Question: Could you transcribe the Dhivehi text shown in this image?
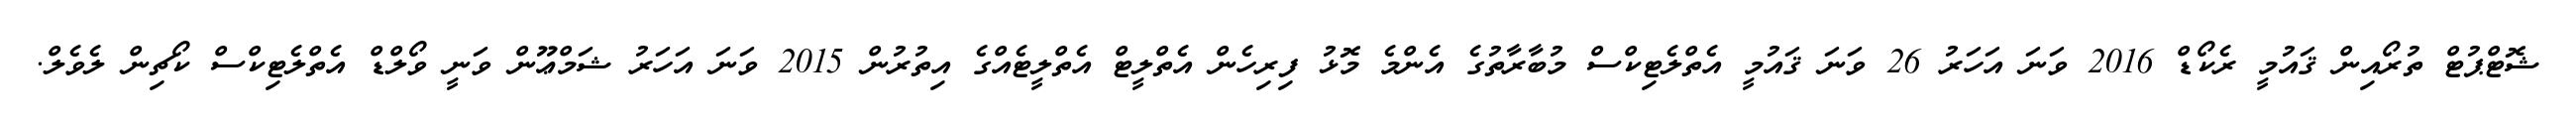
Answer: ޝޮޓްޕުޓް ތުރޯއިން ޤައުމީ ރެކޯޑް 2016 ވަނަ އަހަރު 26 ވަނަ ޤައުމީ އެތްލެޓިކްސް މުބާރާތުގެ އެންމެ މޮޅު ފިރިހެން އެތްލީޓް އެތްލީޓެއްގެ އިތުރުން 2015 ވަނަ އަހަރު ޝަމްޢޫން ވަނީ ވޯލްޑް އެތްލެޓިކްސް ކޯޗިން ލެވެލް.